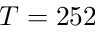
T = 2 5 2